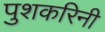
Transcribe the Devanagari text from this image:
पुशकरिनी